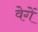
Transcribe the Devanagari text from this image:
वेगें